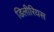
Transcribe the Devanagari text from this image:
डिलीरियस